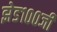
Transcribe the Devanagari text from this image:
झेड१००जी